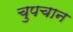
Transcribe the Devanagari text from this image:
चुपचान